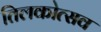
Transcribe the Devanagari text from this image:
तिलकोत्सव